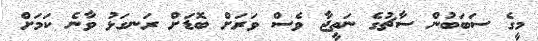
މީގެ ސަބަބުން ސާޗުގެ ނަތީޖާ ވެސް ވަރަށް ބޮޑަށް ރަނގަޅު ވާނެ ކަމަށް